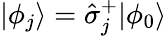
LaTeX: |\phi_{j}\rangle=\hat{\sigma}_{j}^{+}|\phi_{0}\rangle